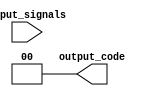
module priority_encoder (
   input [3:0] input_signals,
   output [1:0] output_code
);

assign output_code = 2'b00;

always @(*) begin
   case(input_signals)
      4'b0001: output_code = 2'b00;
      4'b0010: output_code = 2'b01;
      4'b0100: output_code = 2'b10;
      4'b1000: output_code = 2'b11;
      default: output_code = 2'b00;
   endcase
end

endmodule